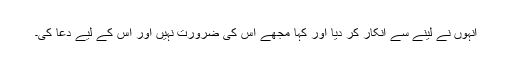
انہوں نے لینے سے انکار کر دیا اور کہا مجھے اس کی ضرورت نہیں اور اس کے لیے دعا کی۔